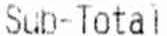
SUB-TOTAL